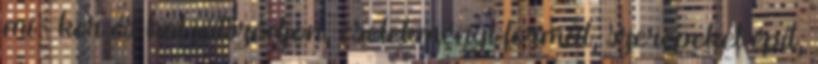
mi- kor és hol játszódjon, cselekményt formál, szerepeket épít,